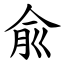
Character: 兪